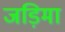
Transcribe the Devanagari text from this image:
जड़िमा